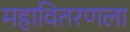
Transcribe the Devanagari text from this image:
महावितरणला